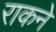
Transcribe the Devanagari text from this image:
राकने